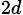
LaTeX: _{2d}